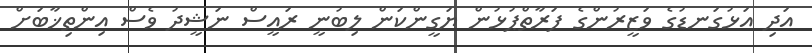
އަދި އަޅުގަނޑުގެ ވަޒީރުންގެ ފަރާތްޕުޅުން ޔަގީންކަން ލިބުނީ ރައީސް ނަޝީދު ވެސް އިންތިޚާބަށް